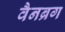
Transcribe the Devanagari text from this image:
वैनब्रग